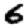
Digit: 6